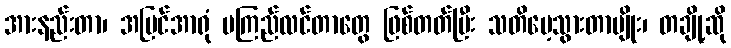
အားနည်းတာ၊ အမြင်အာရုံ မကြည်လင်တာတွေ ဖြစ်တတ်ပြီး သတိမေ့သွားတာမျိုး၊ တချို့ဆို